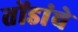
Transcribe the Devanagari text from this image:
तोंडांचे